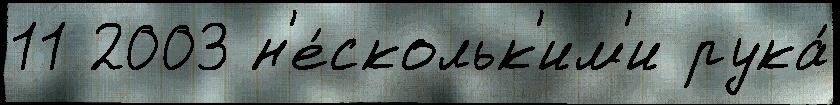
11 2003 н'е́скольк'им'и рука́